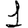
Digit: 1